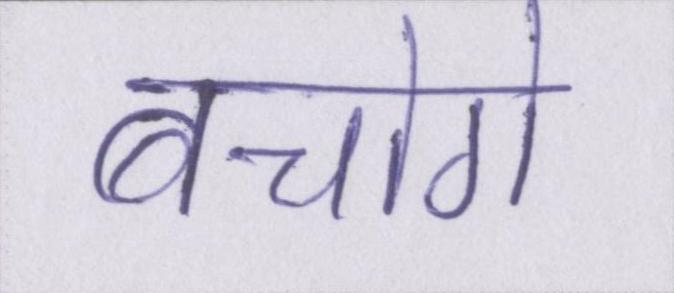
बचोगे